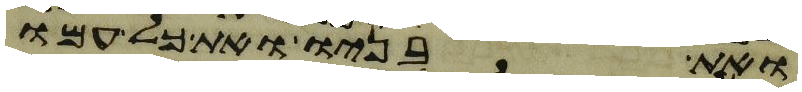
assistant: ואת בניו ואת כל עמו